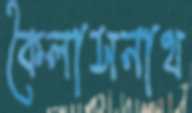
কৈলাসনাথ